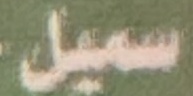
سمیل